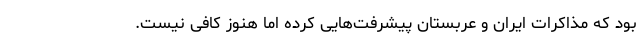
بود که مذاکرات ایران و عربستان پیشرفت‌هایی کرده اما هنوز کافی نیست.